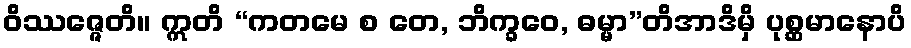
ဝိဿဇ္ဇေတိ။ ဣတိ “ကတမေ စ တေ, ဘိက္ခဝေ, ဓမ္မာ”တိအာဒိမှိ ပုစ္ဆမာနောပိ